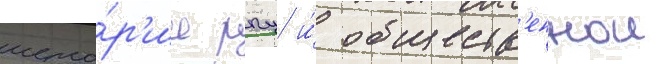
исто́р'ии рпц и́ обществ'еннои